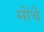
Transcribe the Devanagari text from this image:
मोधे